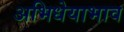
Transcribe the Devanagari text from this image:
अभिधेयाभाव